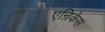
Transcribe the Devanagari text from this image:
एन्रिकेस